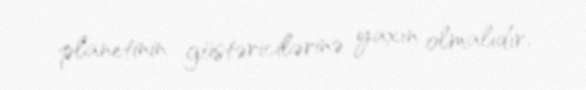
planetinin göstəricilərinə yaxın olmalıdır.